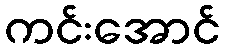
ကင်းအောင်